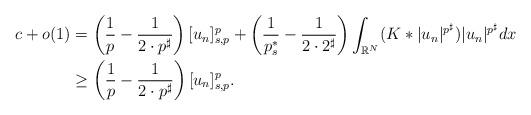
LaTeX: \begin{align*}c+o(1)&= \left(\frac{1}{p}-\frac{1}{2\cdot p^\sharp}\right) [u_n]_{s,p}^p+\left(\frac{1}{p_s^*}-\frac{1}{2\cdot 2^\sharp}\right) \int_{\mathbb{R}^N}(K\ast |u_n|^{p^\sharp}) |u_n|^{p^\sharp}dx \\&\geq \left(\frac{1}{p}-\frac{1}{2\cdot p^\sharp}\right) [u_n]_{s,p}^p.\end{align*}